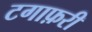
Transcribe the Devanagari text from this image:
टगाफ़री